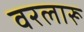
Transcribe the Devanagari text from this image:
वरलारू